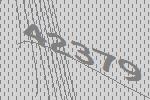
42379